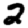
Digit: 2